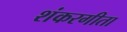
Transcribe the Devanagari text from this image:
शंकरगीता